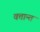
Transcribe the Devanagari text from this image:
वत्तान्त